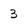
Character: 3